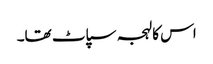
اس کا لہجہ سپاٹ تھا۔